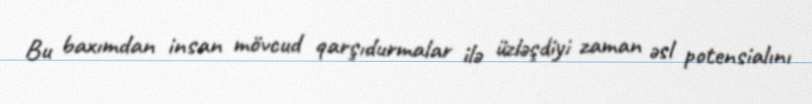
Bu baxımdan insan mövcud qarşıdurmalar ilə üzləşdiyi zaman əsl potensialını